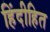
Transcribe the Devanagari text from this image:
हिंदीहित